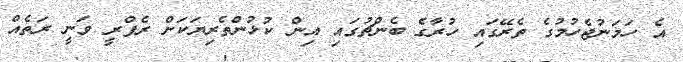
އެ ހަމަނުޖެހުމުގެ ތެރޭގައި ހުރާގެ ބެންޗުގައި އިން ކުޅުންތެރިޔަކަށް ރެފްރީ ވަނީ ރަތެއް